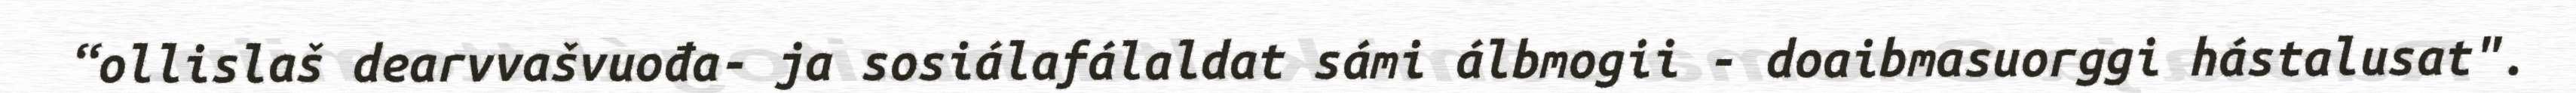
“ollislaš dearvvašvuođa- ja sosiálafálaldat sámi álbmogii - doaibmasuorggi hástalusat".